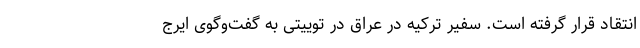
انتقاد قرار گرفته است. سفیر ترکیه در عراق در توییتی به گفت‌وگوی ایرج